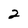
Character: 2